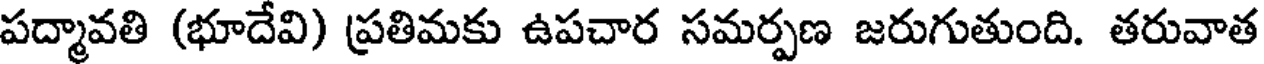
పద్మావతి (భూదేవి) ప్రతిమకు ఉపచార సమర్పణ జరుగుతుంది. తరువాత